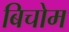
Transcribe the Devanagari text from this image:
बिचोम